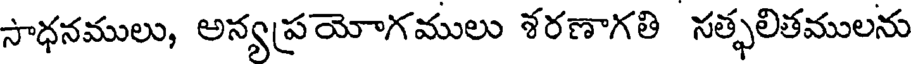
సాధనములు, అన్యప్రయోగములు శరణాగతి సత్ఫలితములను